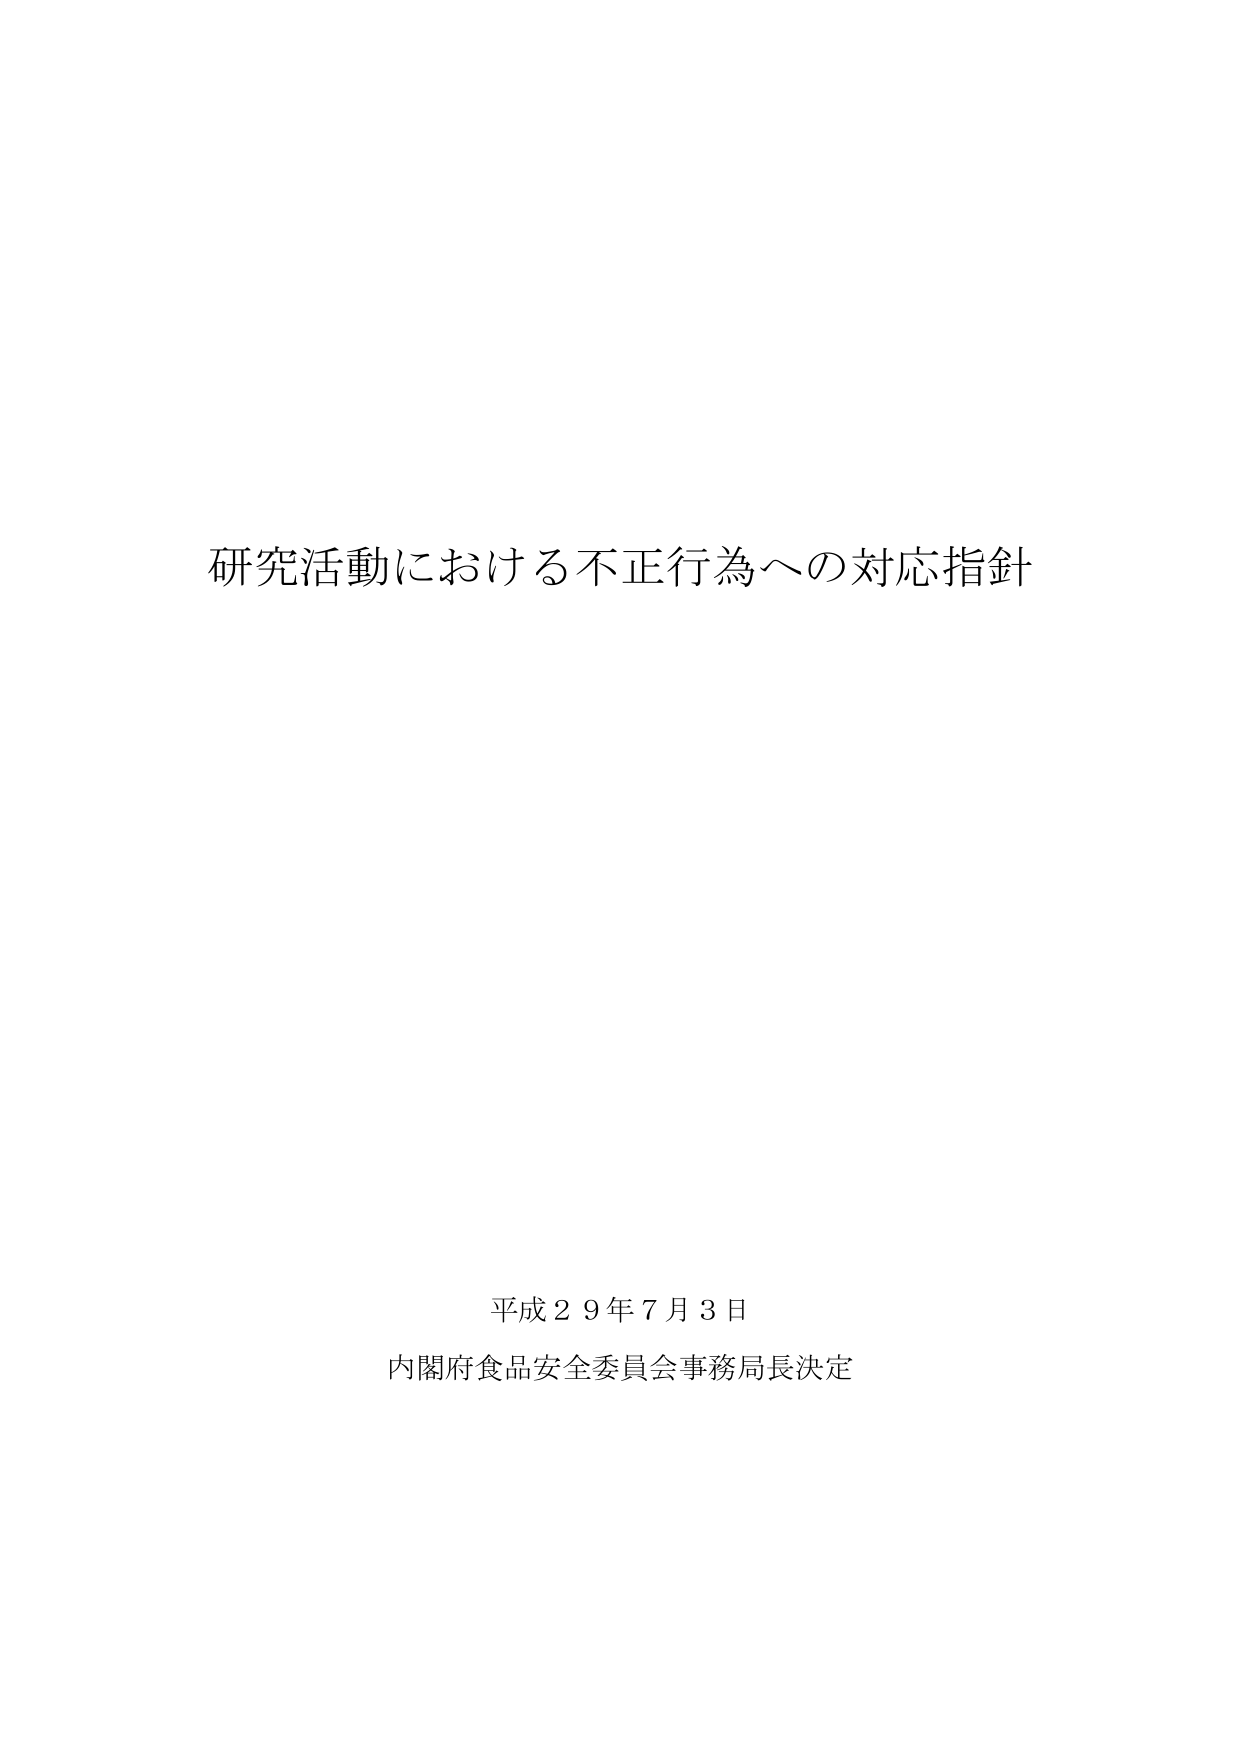
研究活動における不正行為への対応指針

平成２９年７月３日
内閣府食品安全委員会事務局長決定